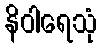
နိဝါရေသုံ